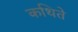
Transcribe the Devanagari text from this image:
कथिते